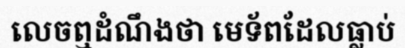
លេចឮដំណឹងថា មេទ័ពដែលធ្លាប់